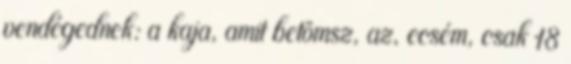
vendégednek: a kaja, amit betömsz, az, ecsém, csak 18